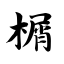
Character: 榍